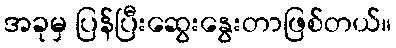
အခုမှ ပြန်ပြီးဆွေးနွေးတာဖြစ်တယ်။